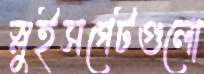
স্লুইসগেটগুলো